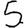
Digit: 5